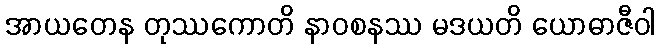
အာယတေန တုဿကောတိ နာဝစနဿ မဒယတိ ယောဓာဇီဝါ